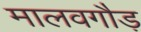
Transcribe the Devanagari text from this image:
मालवगौड़